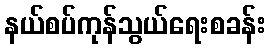
နယ်စပ်ကုန်သွယ်ရေးစခန်း